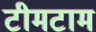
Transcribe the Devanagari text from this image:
टीमटाम